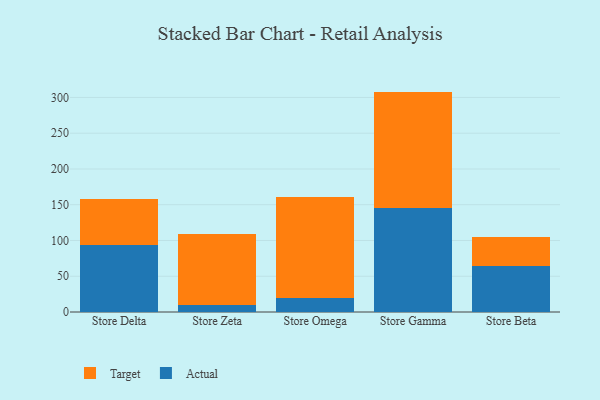
{"axis": {"x": "Store", "y": "Latency (ms)"}, "legend": ["Actual", "Target"], "data": [{"x": "Store Delta", "y": 93.1, "type": "Actual"}, {"x": "Store Delta", "y": 64.4, "type": "Target"}, {"x": "Store Zeta", "y": 9.2, "type": "Actual"}, {"x": "Store Zeta", "y": 99.4, "type": "Target"}, {"x": "Store Omega", "y": 19.6, "type": "Actual"}, {"x": "Store Omega", "y": 141.8, "type": "Target"}, {"x": "Store Gamma", "y": 145.3, "type": "Actual"}, {"x": "Store Gamma", "y": 162.9, "type": "Target"}, {"x": "Store Beta", "y": 64.3, "type": "Actual"}, {"x": "Store Beta", "y": 40.5, "type": "Target"}]}